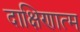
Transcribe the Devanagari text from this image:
दाक्षिणात्म